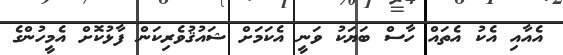
އެއާއި އެކު އެތައް ހާސް ބަޔަކު ވަނީ އެކަމަށް ޝައުޤުވެރިކަން ފާޅުކޮށް އެމީހުންގެ